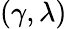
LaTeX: (\gamma,\lambda)